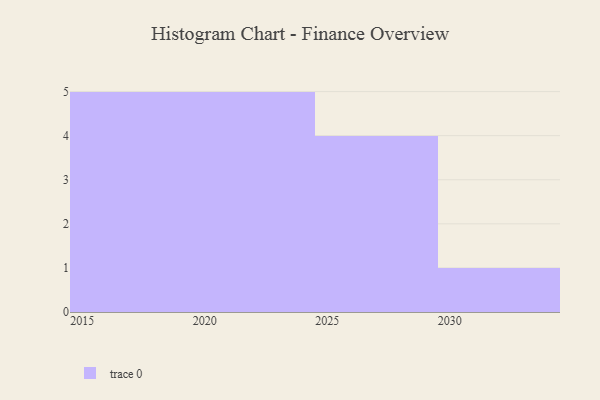
{"axis": {"x": "Year", "y": "Active Users"}, "legend": [""], "data": [{"x": "2018", "y": 92, "type": ""}, {"x": "2019", "y": 88, "type": ""}, {"x": "2025", "y": 98, "type": ""}, {"x": "2023", "y": 17, "type": ""}, {"x": "2015", "y": 78, "type": ""}, {"x": "2029", "y": 5, "type": ""}, {"x": "2024", "y": 75, "type": ""}, {"x": "2020", "y": 56, "type": ""}, {"x": "2021", "y": 34, "type": ""}, {"x": "2028", "y": 60, "type": ""}, {"x": "2027", "y": 15, "type": ""}, {"x": "2016", "y": 98, "type": ""}, {"x": "2017", "y": 13, "type": ""}, {"x": "2030", "y": 8, "type": ""}, {"x": "2022", "y": 1, "type": ""}]}